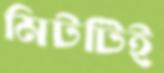
মিটটিই